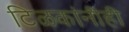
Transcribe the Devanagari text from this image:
टिळकांनीही